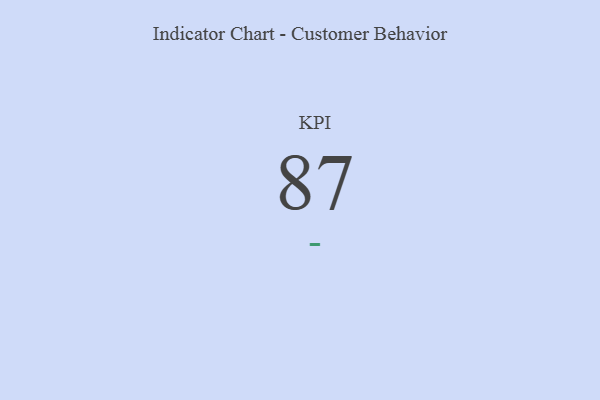
{"axis": {"x": "KPI", "y": "Value"}, "legend": [""], "data": [{"x": "KPI", "y": 87, "type": ""}]}